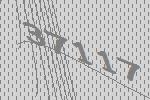
37117